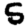
Digit: 5